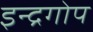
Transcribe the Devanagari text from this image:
इन्द्रगोप